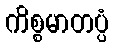
ကိစ္စမာတပ္ပံ